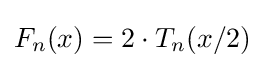
F_{n}(x)=2\cdot T_{n}(x/2)